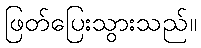
ဖြတ်ပြေးသွားသည်။